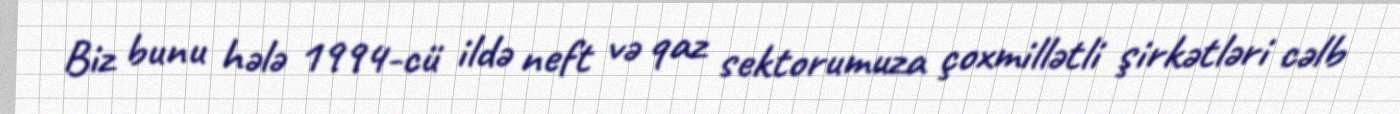
Biz bunu hələ 1994-cü ildə neft və qaz sektorumuza çoxmillətli şirkətləri cəlb